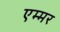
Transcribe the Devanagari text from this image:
एम्मर